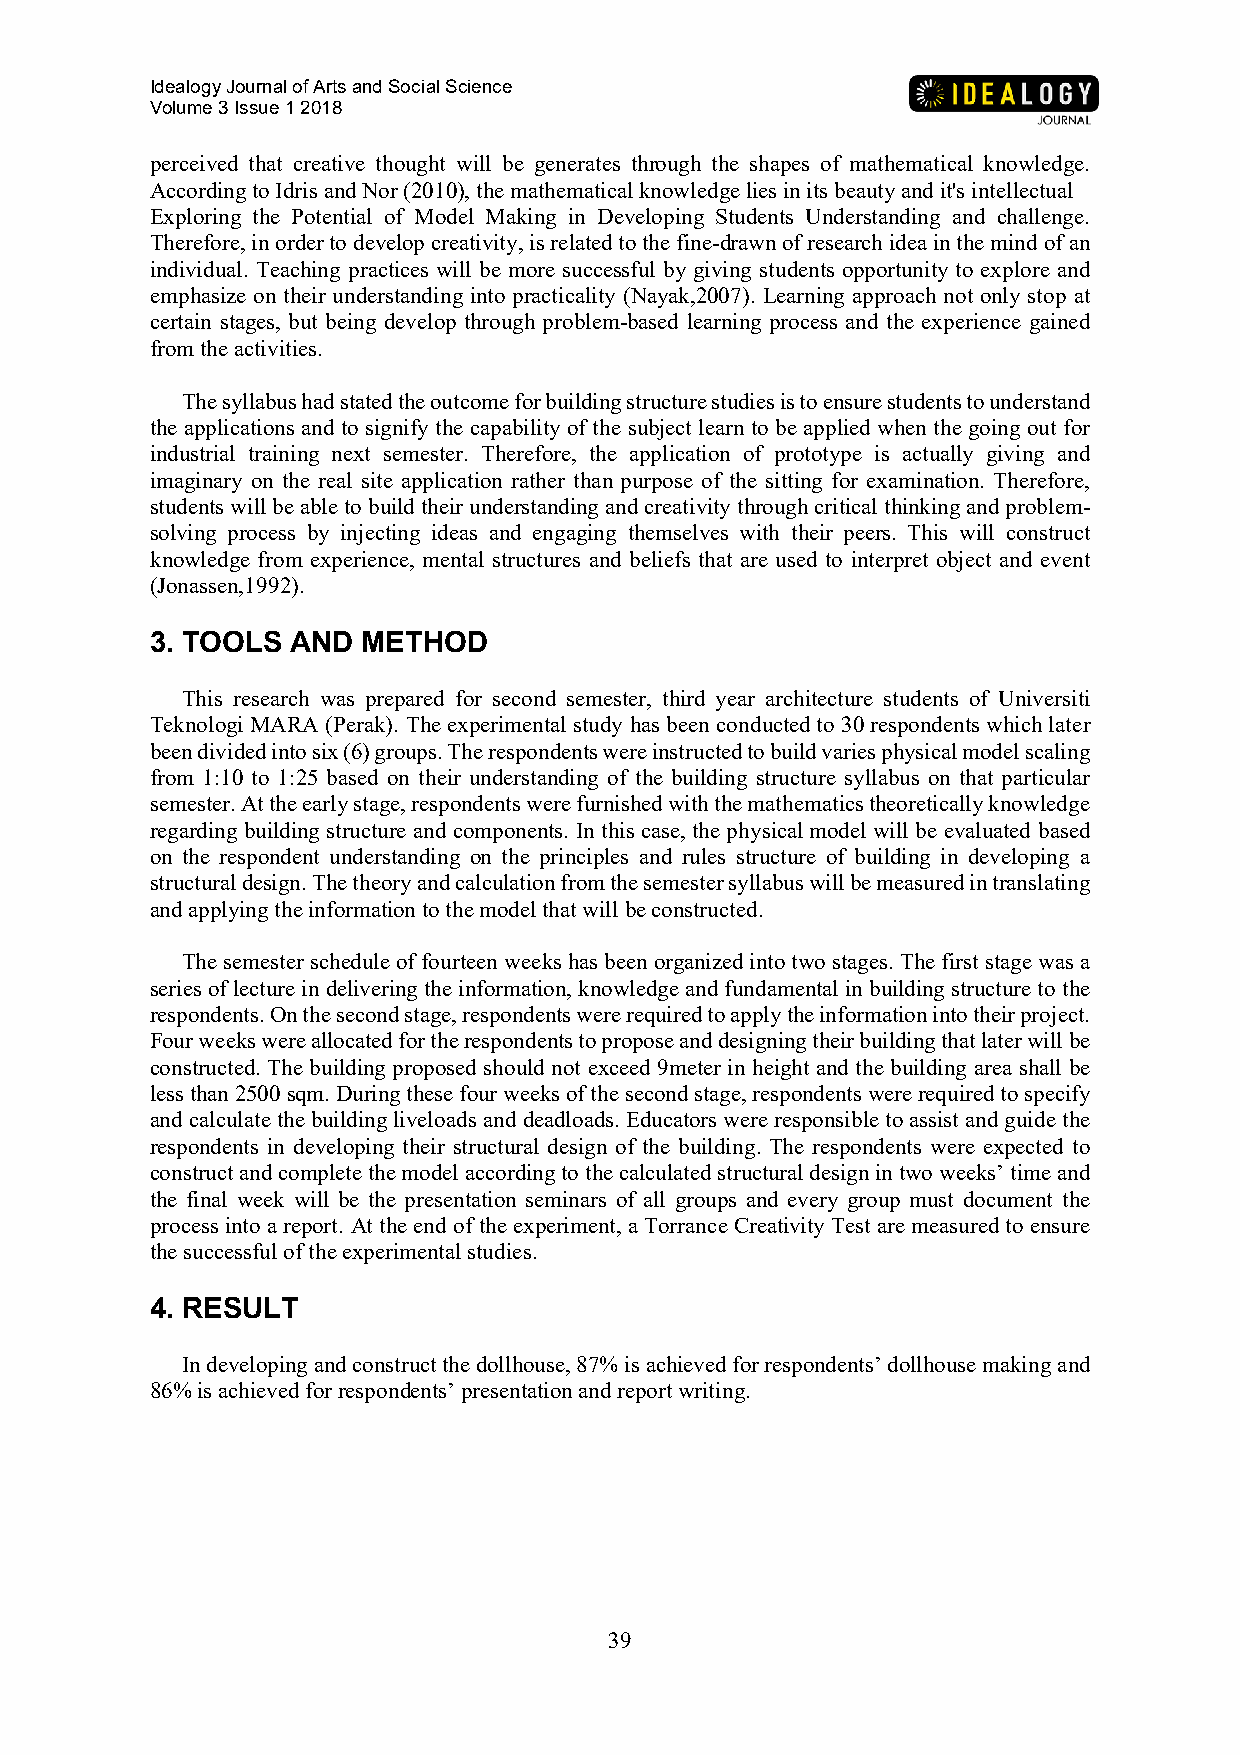
Idealogy Journal of Arts and Social Science
 Volume 3 Issue 1 2018
 perceived that creative thought will be generates through the shapes of mathematical knowledge.
 According to Idris and Nor (2010), the mathematical knowledge lies in its beauty and it's intellectual
 Exploring the Potential of Model Making in Developing Students Understanding and challenge.
 Therefore, in order to develop creativity, is related to the fine-drawn of research idea in the mind of an
 individual. Teaching practices will be more successful by giving students opportunity to explore and
 emphasize on their understanding into practicality (Nayak,2007). Learning approach not only stop at
 certain stages, but being develop through problem-based learning process and the experience gained
 from the activities.
 The syllabus had stated the outcome for building structure studies is to ensure students to understand
 the applications and to signify the capability of the subject learn to be applied when the going out for
 industrial training next semester. Therefore, the application of prototype is actually giving and
 imaginary on the real site application rather than purpose of the sitting for examination. Therefore,
 students will be able to build their understanding and creativity through critical thinking and problem-
 solving process by injecting ideas and engaging themselves with their peers. This will construct
 knowledge from experience, mental structures and beliefs that are used to interpret object and event
 (Jonassen,1992).
 3. TOOLS AND  METHOD
 This research was prepared for second semester, third year architecture students of Universiti
 Teknologi MARA (Perak). The experimental study has been conducted to 30 respondents which later
 been divided into six (6) groups. The respondents were instructed to build varies physical model scaling
 from 1:10 to 1:25 based on their understanding of the building structure syllabus on that particular
 semester. At the early stage, respondents were furnished with the mathematics theoretically knowledge
 regarding building structure and components. In this case, the physical model will be evaluated based
 on the respondent understanding on the principles and rules structure of building in developing a
 structural design. The theory and calculation from the semester syllabus will be measured in translating
 and applying the information to the model that will be constructed.
 The semester schedule of fourteen weeks has been organized into two stages. The first stage was a
 series of lecture in delivering the information, knowledge and fundamental in building structure to the
 respondents. On the second stage, respondents were required to apply the information into their project.
 Four weeks were allocated for the respondents to propose and designing their building that later will be
 constructed. The building proposed should not exceed 9meter in height and the building area shall be
 less than 2500 sqm. During these four weeks of the second stage, respondents were required to specify
 and calculate the building liveloads and deadloads. Educators were responsible to assist and guide the
 respondents in developing their structural design of the building. The respondents were expected to
 construct and complete the model according to the calculated structural design in two weeks’ time and
 the final week will be the presentation seminars of all groups and every group must document the
 process into a report. At the end of the experiment, a Torrance Creativity Test are measured to ensure
 the successful of the experimental studies.
 4. RESULT
 In developing and construct the dollhouse, 87% is achieved for respondents’ dollhouse making and
 86% is achieved for respondents’ presentation and report writing.
 39